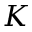
K